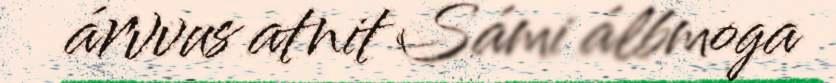
árvvus atnit Sámi álbmoga